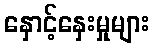
နှောင့်နှေးမှုများ